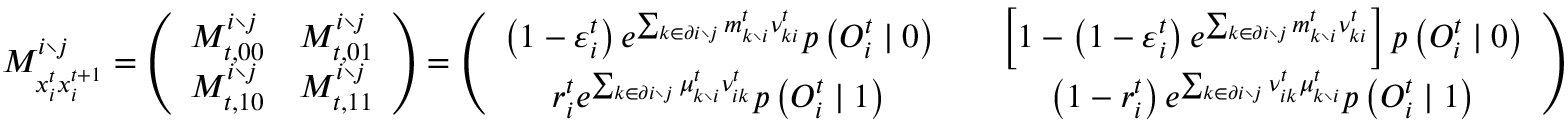
M _ { x _ { i } ^ { t } x _ { i } ^ { t + 1 } } ^ { i \setminus j } = \left( \begin{array} { c c } { M _ { t , 0 0 } ^ { i \setminus j } } & { M _ { t , 0 1 } ^ { i \setminus j } } \\ { M _ { t , 1 0 } ^ { i \setminus j } } & { M _ { t , 1 1 } ^ { i \setminus j } } \end{array} \right) = \left( \begin{array} { c c c } { \left( 1 - \varepsilon _ { i } ^ { t } \right) e ^ { \sum _ { k \in \partial i \setminus j } m _ { k \setminus i } ^ { t } { \nu } _ { k i } ^ { t } } p \left( O _ { i } ^ { t } \mid 0 \right) } & & { \left[ 1 - \left( 1 - \varepsilon _ { i } ^ { t } \right) e ^ { \sum _ { k \in \partial i \setminus j } m _ { k \setminus i } ^ { t } { \nu } _ { k i } ^ { t } } \right] p \left( O _ { i } ^ { t } \mid 0 \right) } \\ { r _ { i } ^ { t } e ^ { \sum _ { k \in \partial i \setminus j } \mu _ { k \setminus i } ^ { t } { \nu } _ { i k } ^ { t } } p \left( O _ { i } ^ { t } \mid 1 \right) } & & { \left( 1 - r _ { i } ^ { t } \right) e ^ { \sum _ { k \in \partial i \setminus j } \nu _ { i k } ^ { t } \mu _ { k \setminus i } ^ { t } } p \left( O _ { i } ^ { t } \mid 1 \right) } \end{array} \right)